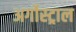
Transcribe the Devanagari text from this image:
अर्गोस्ट्राल